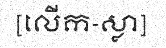
[លើក-ស្លា]